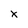
Character: X